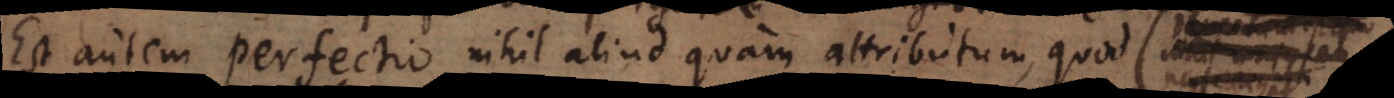
Est autem perfectio nihil aliud quam attributum, quod